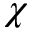
\chi